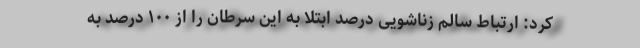
کرد: ارتباط سالم زناشویی درصد ابتلا به این سرطان را از ۱۰۰ درصد به